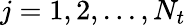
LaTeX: j=1,2,...,N_{t}